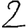
Digit: 2